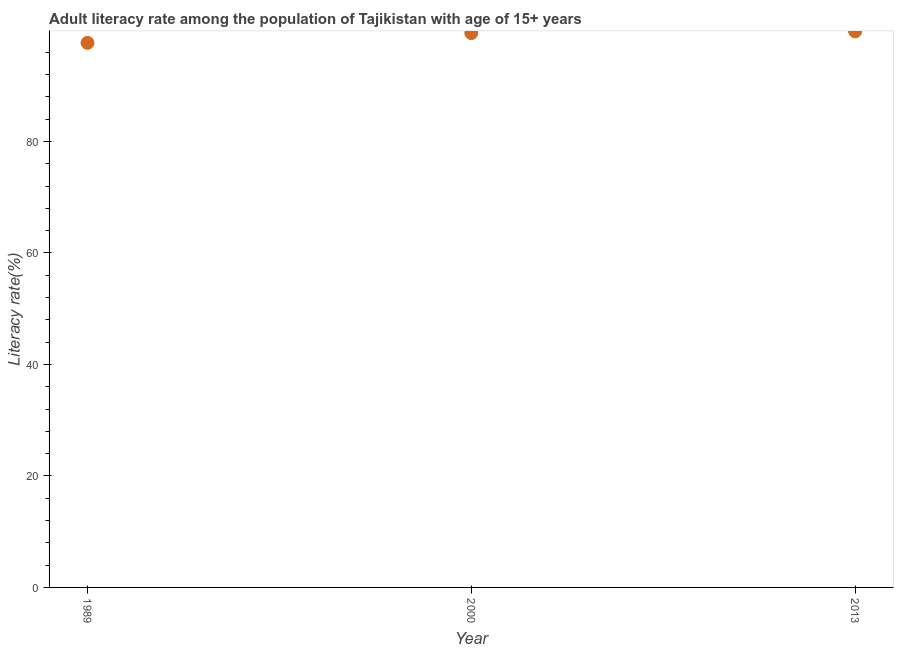
| Year | Adult literacy rate |
 | --- | --- |
 | 1989 | 97.7 |
 | 2000 | 99.5 |
 | 2013 | 99.8 |